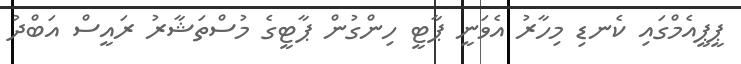
ޕީޕީއެމްގައި ކެނޑި މިހާރު އެވަނީ ޕާޓީ ހިންގުން ޕާޓީގެ މުސްތަޝާރު ރައީސް އަބްދު